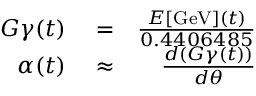
\begin{array} { r l r } { G \gamma ( t ) } & { { } = } & { \frac { E [ \mathrm { G e V } ] ( t ) } { 0 . 4 4 0 6 4 8 5 } } \\ { \alpha ( t ) } & { { } \approx } & { \frac { d ( G \gamma ( t ) ) } { d \theta } } \end{array}